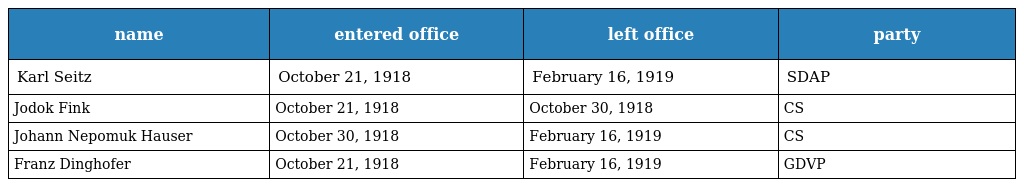
| name | entered office | left office | party |
 | --- | --- | --- | --- |
 | Karl Seitz | October 21, 1918 | February 16, 1919 | SDAP |
 | Jodok Fink | October 21, 1918 | October 30, 1918 | CS |
 | Johann Nepomuk Hauser | October 30, 1918 | February 16, 1919 | CS |
 | Franz Dinghofer | October 21, 1918 | February 16, 1919 | GDVP |